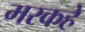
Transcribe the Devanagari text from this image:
मरकहे